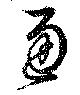
通